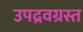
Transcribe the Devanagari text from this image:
उपद्रवग्रस्त